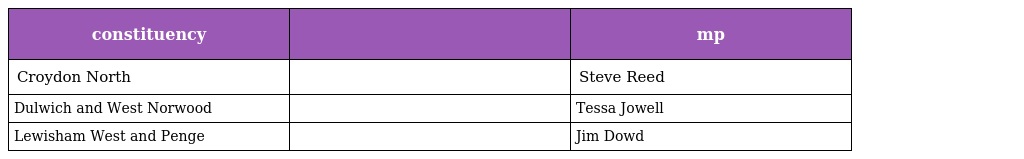
| constituency |  | mp |
 | --- | --- | --- |
 | Croydon North |  | Steve Reed |
 | Dulwich and West Norwood |  | Tessa Jowell |
 | Lewisham West and Penge |  | Jim Dowd |